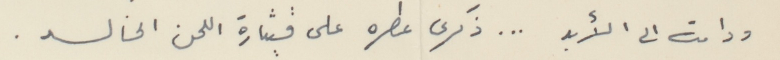
ودامت الى الأبد ... ذكرى عطره على قيثارة اللحن الخالد .